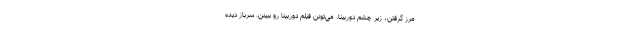
مرز گرفتن، زير چشم دوربينا. مي‌تونن فيلم دوربينا رو ببينن. سرباز ديده